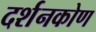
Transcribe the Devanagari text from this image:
दर्शनकोण